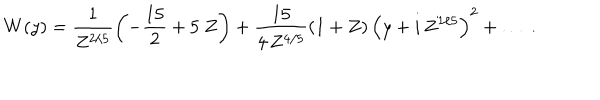
W ( y ) = \frac { 1 } { Z ^ { 2 / 5 } } \left( - \frac { 1 5 } { 2 } + 5 ~ Z \right) + \frac { 1 5 } { 4 \, Z ^ { 4 / 5 } } \left( 1 + Z \right) \left( y + i \, Z ^ { 1 / 5 } \right) ^ { 2 } + \ldots \ .